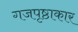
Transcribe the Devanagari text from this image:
गजपृष्ठाकार